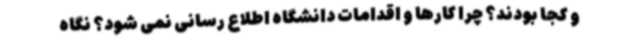
و کجا بودند؟ چرا کارها و اقدامات دانشگاه اطلاع رسانی نمی شود؟ نگاه